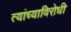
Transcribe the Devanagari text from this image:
त्यांच्याविरोधी